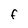
Character: F